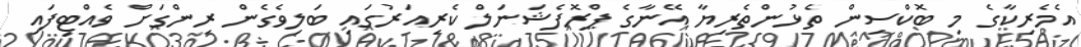
އެމެރިކާގެ މި ބޮކްސިން ތެޅުންތެރިޔާ އޭނާގެ ޕްރޮފެޝަނަލް ކެރިއަރުގައި ބަލިވެގެން ރިންގަށް ވެއްޓިފައި